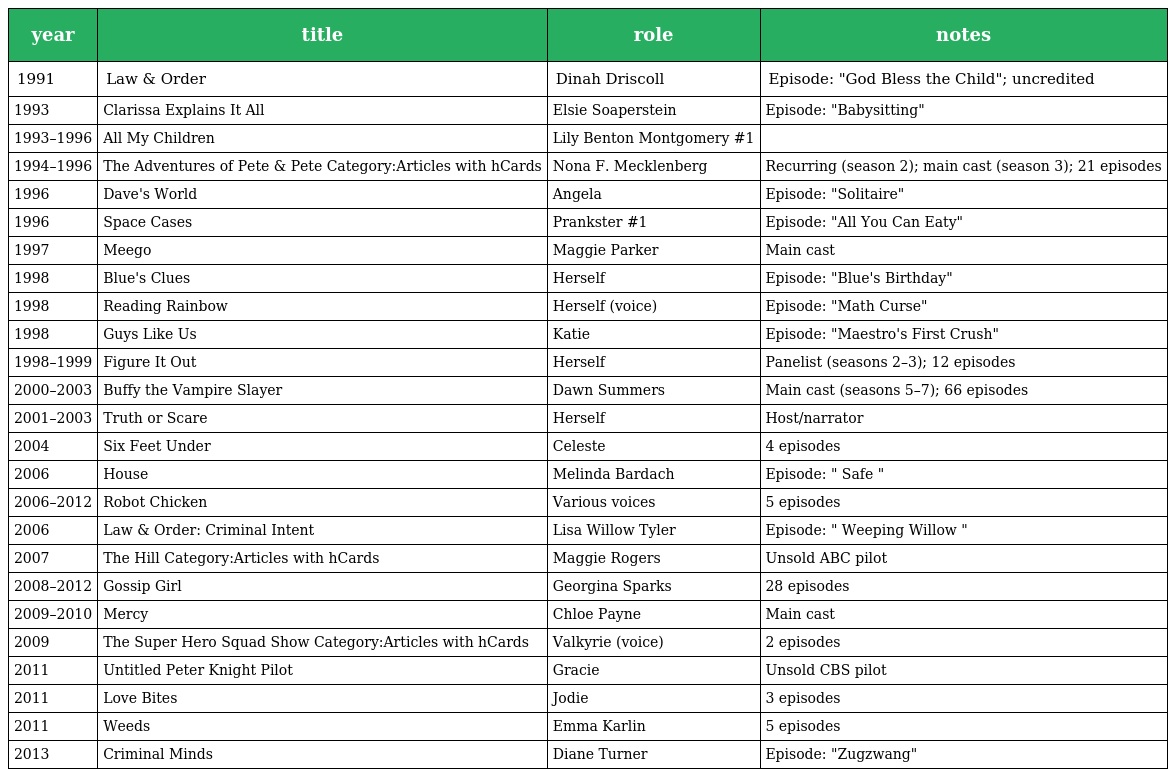
| year | title | role | notes |
 | --- | --- | --- | --- |
 | 1991 | Law & Order | Dinah Driscoll | Episode: "God Bless the Child"; uncredited |
 | 1993 | Clarissa Explains It All | Elsie Soaperstein | Episode: "Babysitting" |
 | 1993–1996 | All My Children | Lily Benton Montgomery #1 |  |
 | 1994–1996 | The Adventures of Pete & Pete Category:Articles with hCards | Nona F. Mecklenberg | Recurring (season 2); main cast (season 3); 21 episodes |
 | 1996 | Dave's World | Angela | Episode: "Solitaire" |
 | 1996 | Space Cases | Prankster #1 | Episode: "All You Can Eaty" |
 | 1997 | Meego | Maggie Parker | Main cast |
 | 1998 | Blue's Clues | Herself | Episode: "Blue's Birthday" |
 | 1998 | Reading Rainbow | Herself (voice) | Episode: "Math Curse" |
 | 1998 | Guys Like Us | Katie | Episode: "Maestro's First Crush" |
 | 1998–1999 | Figure It Out | Herself | Panelist (seasons 2–3); 12 episodes |
 | 2000–2003 | Buffy the Vampire Slayer | Dawn Summers | Main cast (seasons 5–7); 66 episodes |
 | 2001–2003 | Truth or Scare | Herself | Host/narrator |
 | 2004 | Six Feet Under | Celeste | 4 episodes |
 | 2006 | House | Melinda Bardach | Episode: " Safe " |
 | 2006–2012 | Robot Chicken | Various voices | 5 episodes |
 | 2006 | Law & Order: Criminal Intent | Lisa Willow Tyler | Episode: " Weeping Willow " |
 | 2007 | The Hill Category:Articles with hCards | Maggie Rogers | Unsold ABC pilot |
 | 2008–2012 | Gossip Girl | Georgina Sparks | 28 episodes |
 | 2009–2010 | Mercy | Chloe Payne | Main cast |
 | 2009 | The Super Hero Squad Show Category:Articles with hCards | Valkyrie (voice) | 2 episodes |
 | 2011 | Untitled Peter Knight Pilot | Gracie | Unsold CBS pilot |
 | 2011 | Love Bites | Jodie | 3 episodes |
 | 2011 | Weeds | Emma Karlin | 5 episodes |
 | 2013 | Criminal Minds | Diane Turner | Episode: "Zugzwang" |